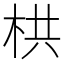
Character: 栱